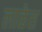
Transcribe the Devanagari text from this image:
लाळेस